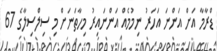
ޑްރާމާ އަށް އަންނަ އަހަރު ނިމުމެއް އަންނައިރު މިހާތަނަށް މި ސިލްސިލާގެ 67